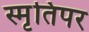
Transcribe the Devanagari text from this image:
स्मृतिपर